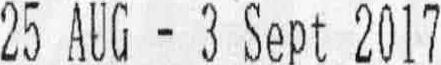
25 AUG - 3 SEPT 2017